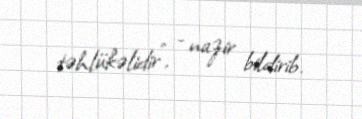
təhlükəlidir”, - nazir bildirib.